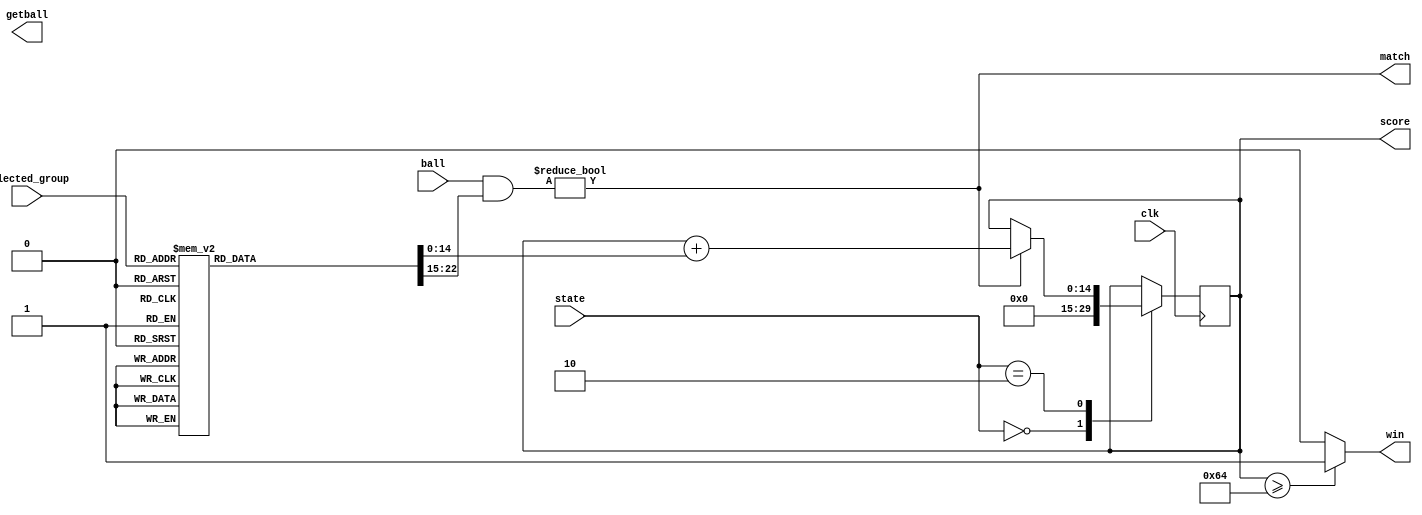
module get_score(  // 算可以加幾分
    input clk,
    input [2:0] state,
    input [8-1:0] ball,
    input [3-1:0] selected_group, // 現在是哪一個得分組合
    output [8-1:0] getball,  // 球進哪個洞
    output reg [15-1:0] score, //
    output wire win,
    output match
);

parameter RESET = 3'd0;
parameter WAIT = 3'd1;
parameter START = 3'd2;
parameter GET = 3'd3;
parameter OVER = 3'd4;


reg [15-1:0] next_score;

// 看現在哪幾個洞進去會得分
reg [8-1:0] have_score;
reg [15-1:0] add_score;
always @(*) begin
    case(selected_group)
        3'd0: begin
            add_score = 15'd10;
            have_score = 8'b1010_1010; //1/3/5/7
        end
        3'd1: begin
            add_score = 15'd20;
            have_score = 8'b1001_0010; //1/4/7
        end
        3'd2: begin
            add_score = 15'd50;
            have_score = 8'b0100_1000; //3/6
        end
        3'd3: begin
            add_score = 15'd100;
            have_score = 8'b0000_0100;  //2
        end
        3'd4: begin
            add_score = 15'd10;
            have_score = 8'b0101_0101;  //0/2/4/6
        end
        3'd5: begin
            add_score = 15'd20;
            have_score = 8'b0100_1001;  //0/3/6
        end
        3'd6: begin
            add_score = 15'd50;
            have_score = 8'b0001_0010;  //1/4
        end
        3'd7: begin
            add_score = 15'd100;
            have_score = 8'b0010_0000;   //5
        end
        default: begin
            add_score = 15'd0;
            have_score = 8'b0000_0000;
        end
    endcase 
end

always @(posedge clk) begin
    score <= next_score;
end 

wire match; // 有進到有分數的洞的話會是1
assign match = ((ball & have_score) != 8'd0);
assign win = (score >= 15'd100) ? 1'b1 : 1'b0;

// 更新分數
always @(*) begin
    case(state)
        RESET: begin
            next_score = 0;
        end
        START: begin
            if(match != 1'b0)
                next_score = score + add_score;
            else
                next_score = score;
        end
        default: next_score = score;
    endcase
end


endmodule